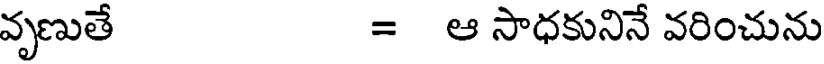
వృణుతే = ఆ సాధకునినే వరించును